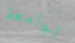
لجامعة